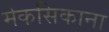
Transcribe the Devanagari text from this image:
मेकसिकाना